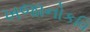
ખજાનોકવિ